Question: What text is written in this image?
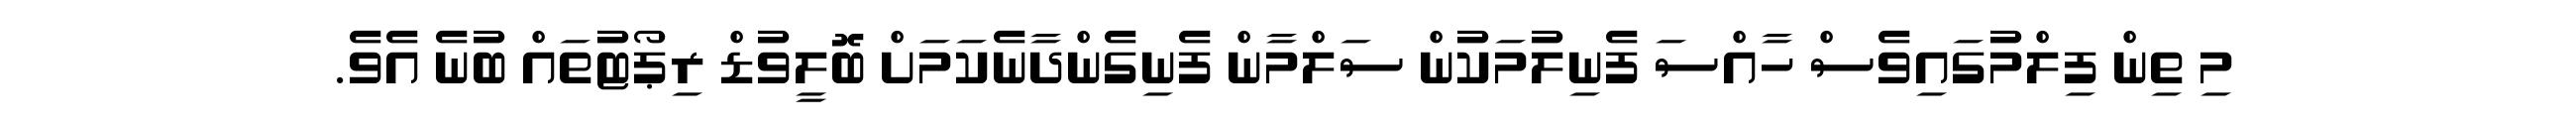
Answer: މި ތިން ފިލްމުގައިވެސް ހާއްސަ ފެނިލުމަކުން ސަލްމާން ފެނިގެންދާނެކަމަށް ބޮލީވުޑް ރިޕޯޓުތައް ބުނެ އެވެ.